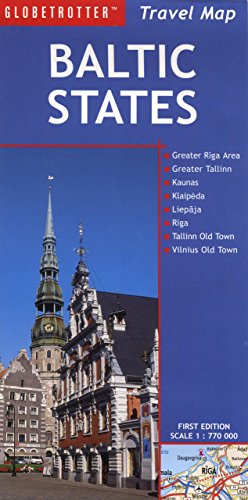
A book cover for Travel Map Baltic States (Globetrotter Travel Map); Globetrotter; Travel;